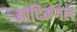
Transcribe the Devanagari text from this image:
आदिमंगल